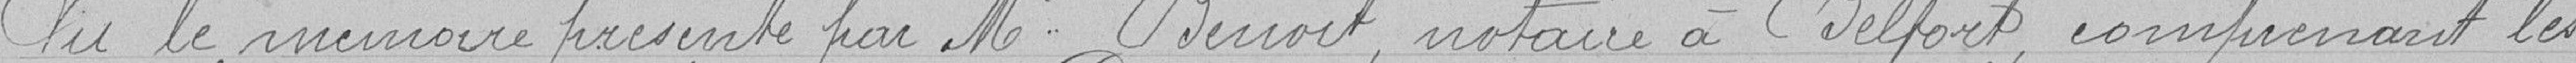
Vu le mémoire présenté par Monsieur Benoit, notaire à Belfort, comprenant les